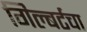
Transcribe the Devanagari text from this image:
गिल्बर्टचा